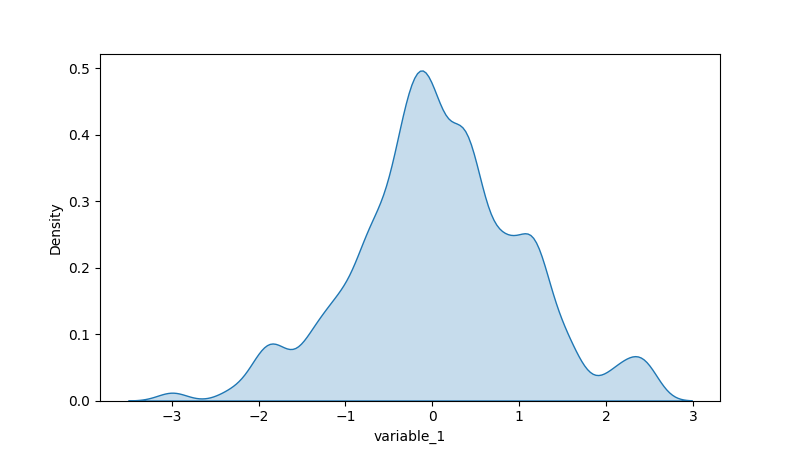
python, seaborn, kdeplot, hue='None', fill=True, bw_adjust=0.5